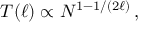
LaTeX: T ( \ell ) \propto N ^ { 1 - 1 / ( 2 \ell ) } \, ,